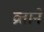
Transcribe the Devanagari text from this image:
व्रताने